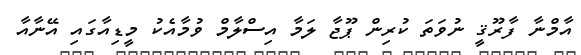
އާމްނާ ފާރޫޤީ ނުވަތަ ކުރިން ޕޫޖާ ލަމާ އިސްލާމް ވުމާއެކު މީޑިއާގައި އޭނާއާ